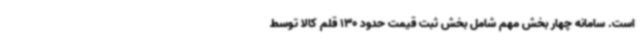
است. سامانه چهار بخش مهم شامل بخش ثبت قیمت حدود 130 قلم کالا توسط